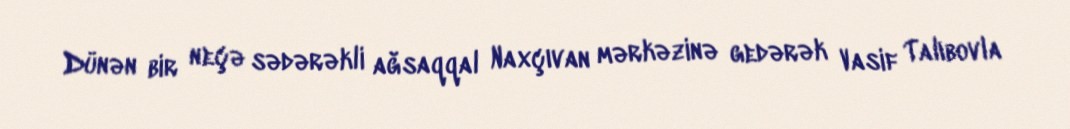
Dünən bir neçə sədərəkli ağsaqqal Naxçıvan mərkəzinə gedərək Vasif Talıbovla